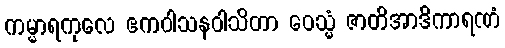
ကမ္မာရကုလေ ဧကဝါသနဝါသိတာ ဝေသ္မံ ဇာတိအာဒိကာရဏံ